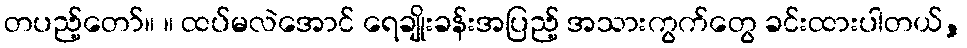
တပည့်တော်။ ။ ထပ်မလဲအောင် ရေချိုးခန်းအပြည့် အသားကွက်တွေ ခင်းထားပါတယ်,